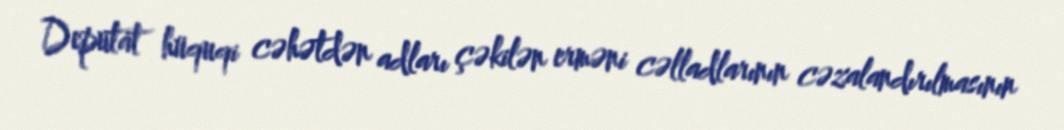
Deputat hüquqi cəhətdən adları çəkilən erməni cəlladlarının cəzalandırılmasının